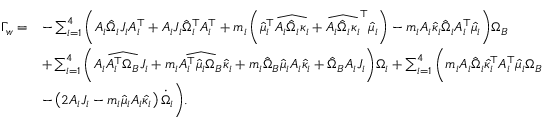
\begin{array} { r l } { \Gamma _ { w } = } & { - \sum _ { i = 1 } ^ { 4 } \Bigg ( A _ { i } \hat { \Omega } _ { i } J _ { i } A _ { i } ^ { \top } + A _ { i } J _ { i } \hat { \Omega } _ { i } ^ { \top } A _ { i } ^ { \top } + m _ { i } \left( \hat { \mu } _ { i } ^ { \top } \widehat { A _ { i } \hat { \Omega } _ { i } \kappa _ { i } } + \widehat { A _ { i } \hat { \Omega } _ { i } \kappa _ { i } } ^ { \top } \hat { \mu } _ { i } \right) - m _ { i } A _ { i } \hat { \kappa } _ { i } \hat { \Omega } _ { i } A _ { i } ^ { \top } \hat { \mu } _ { i } \Bigg ) \Omega _ { B } } \\ & { + \sum _ { i = 1 } ^ { 4 } \Bigg ( A _ { i } \widehat { A _ { i } ^ { \top } \Omega _ { B } } J _ { i } + m _ { i } \widehat { A _ { i } ^ { \top } \hat { \mu } _ { i } \Omega _ { B } } \hat { \kappa } _ { i } + m _ { i } \hat { \Omega } _ { B } \hat { \mu } _ { i } A _ { i } \hat { \kappa } _ { i } + \hat { \Omega } _ { B } A _ { i } J _ { i } \Bigg ) \Omega _ { i } + \sum _ { i = 1 } ^ { 4 } \bigg ( m _ { i } A _ { i } \hat { \Omega } _ { i } \hat { \kappa } _ { i } ^ { \top } A _ { i } ^ { \top } \hat { \mu } _ { i } \Omega _ { B } } \\ & { - \left( 2 A _ { i } J _ { i } - m _ { i } \hat { \mu } _ { i } A _ { i } \hat { \kappa } _ { i } \right) \dot { \Omega } _ { i } \bigg ) . } \end{array}